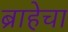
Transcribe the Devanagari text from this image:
ब्राहेचा